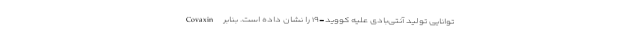
Covaxin توانایی تولید آنتی‌بادی علیه کووید-۱۹ را نشان داده است. بنابر